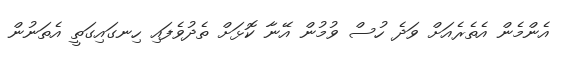
އެންމެން އެތެރެއަށް ވަދެ ހުސް ވުމުން އޭނާ ކޮޅަށް ތެދުވެފައި ހިނގައިގަތީ އެތަނުން